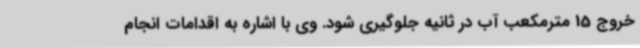
خروج 15 مترمکعب آب در ثانیه جلوگیری شود. وی با اشاره به اقدامات انجام